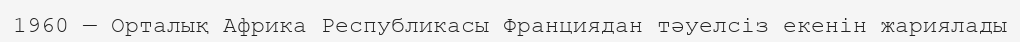
1960 — Орталық Африка Республикасы Франциядан тәуелсіз екенін жариялады